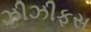
ઝીઝીફસ